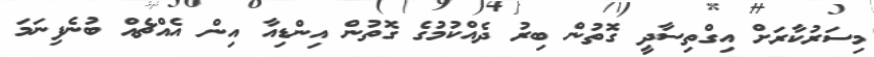
މިސަރުކާރަށް އިގްތިސާދީ ގޮތުން ބިރު ދެއްކުމުގެ ގޮތުން އިންޑިއާ އިން އެއްޗެއް ބުނެފިނަމަ